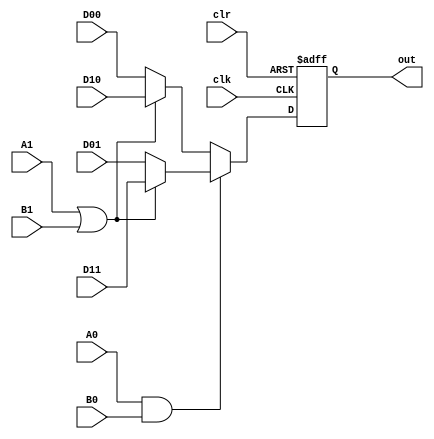
`timescale 1ns/1ns
module S2(input D00, D01, D10, D11, input A1, B1, A0, B0, clk, clr, output reg out);
wire outmux4, s0, s1;
assign #0.5 s0 = A0 && B0;
assign #0.5 s1 = A1 || B1;
assign #2 outmux4 = s0 ? (s1 ? D11 : D01) : (s1 ? D10 : D00);

always@(posedge clk, posedge clr)begin
	if(clr)
		out <= 1'b0;
	else begin
		out <=  outmux4;
	end
end
endmodule